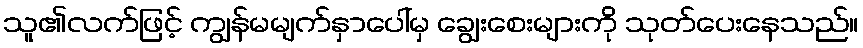
သူ၏လက်ဖြင့် ကျွန်မမျက်နှာပေါ်မှ ချွေးစေးများကို သုတ်ပေးနေသည်။